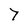
Character: 7